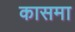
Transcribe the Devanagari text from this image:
कासमा